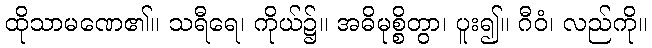
ထိုသာမဏေ၏။ သရီရေ၊ ကိုယ်၌။ အဓိမုစ္စိတွာ၊ ပူး၍။ ဂီဝံ၊ လည်ကို။